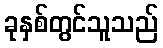
ခုနှစ်တွင်သူသည်